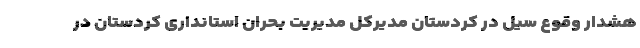
هشدار وقوع سیل در کردستان مدیرکل مدیریت بحران استانداری کردستان در